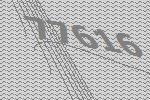
77616